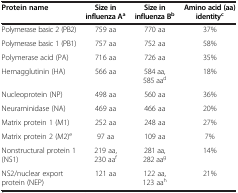
<table><thead><tr><td><b>Protein name</b></td><td><b>Size in influenza A<sup>a</sup></b></td><td><b>Size in influenza B<sup>b</sup></b></td><td><b>Amino acid (aa) identity<sup>c</sup></b></td></tr></thead><tbody><tr><td>Polymerase basic 2 (PB2)</td><td>759 aa</td><td>770 aa</td><td>37%</td></tr><tr><td>Polymerase basic 1 (PB1)</td><td>757 aa</td><td>752 aa</td><td>58%</td></tr><tr><td>Polymerase acid (PA)</td><td>716 aa</td><td>726 aa</td><td>35%</td></tr><tr><td>Hemagglutinin (HA)</td><td>566 aa</td><td>584 aa, 585 aa<sup>d</sup></td><td>18%</td></tr><tr><td>Nucleoprotein (NP)</td><td>498 aa</td><td>560 aa</td><td>36%</td></tr><tr><td>Neuraminidase (NA)</td><td>469 aa</td><td>466 aa</td><td>20%</td></tr><tr><td>Matrix protein 1 (M1)</td><td>252 aa</td><td>248 aa</td><td>27%</td></tr><tr><td>Matrix protein 2 (M2)<sup>e</sup></td><td>97 aa</td><td>109 aa</td><td>7%</td></tr><tr><td>Nonstructural protein 1 (NS1)</td><td>219 aa, 230 aa<sup>f</sup></td><td>281 aa, 282 aa<sup>g</sup></td><td>14%</td></tr><tr><td>NS2/nuclear export protein (NEP)</td><td>121 aa</td><td>122 aa, 123 aa<sup>h</sup></td><td>21%</td></tr></tbody></table>